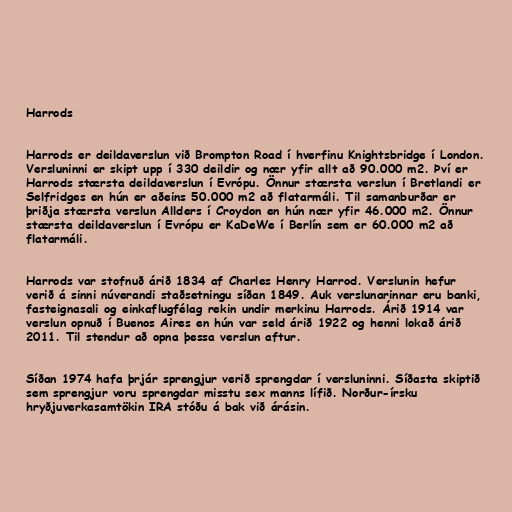
Harrods

Harrods er deildaverslun við Brompton Road í hverfinu Knightsbridge í London.
Versluninni er skipt upp í 330 deildir og nær yfir allt að 90.000 m2. Því er
Harrods stærsta deildaverslun í Evrópu. Önnur stærsta verslun í Bretlandi er
Selfridges en hún er aðeins 50.000 m2 að flatarmáli. Til samanburðar er
þriðja stærsta verslun Allders í Croydon en hún nær yfir 46.000 m2. Önnur
stærsta deildaverslun í Evrópu er KaDeWe í Berlín sem er 60.000 m2 að
flatarmáli.

Harrods var stofnuð árið 1834 af Charles Henry Harrod. Verslunin hefur
verið á sinni núverandi staðsetningu síðan 1849. Auk verslunarinnar eru banki,
fasteignasali og einkaflugfélag rekin undir merkinu Harrods. Árið 1914 var
verslun opnuð í Buenos Aires en hún var seld árið 1922 og henni lokað árið
2011. Til stendur að opna þessa verslun aftur.

Síðan 1974 hafa þrjár sprengjur verið sprengdar í versluninni. Síðasta skiptið
sem sprengjur voru sprengdar misstu sex manns lífið. Norður-írsku
hryðjuverkasamtökin IRA stóðu á bak við árásin.